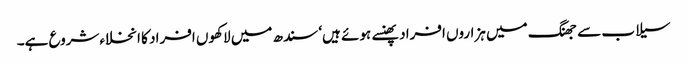
سیلاب سے جھنگ میں ہزاروں افراد پھنسے ہوئے ہیں‘ سندھ میں لاکھوں افراد کا انخلاءشروع ہے۔